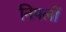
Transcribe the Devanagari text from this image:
निपलों